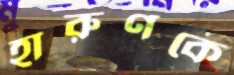
হারুণকে